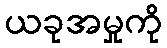
ယခုအမှုကို